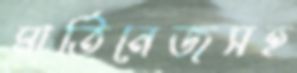
মার্তিনেজসহ